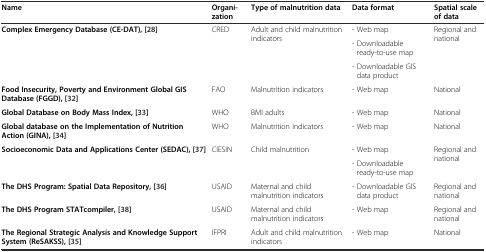
<table><thead><tr><td><b>Name</b></td><td><b>Organi-zation</b></td><td><b>Type of malnutrition data</b></td><td><b>Data format</b></td><td><b>Spatial scale of data</b></td></tr></thead><tbody><tr><td rowspan="3"><b>Complex Emergency Database (CE-DAT),</b>[28]</td><td rowspan="3">CRED</td><td rowspan="3">Adult and child malnutrition indicators</td><td>- Web map</td><td rowspan="3">Regional and national</td></tr><tr><td>- Downloadable ready-to-use map</td></tr><tr><td>- Downloadable GIS data product</td></tr><tr><td><b>Food Insecurity, Poverty and Environment Global GIS Database (FGGD),</b>[32]</td><td>FAO</td><td>Malnutrition indicators</td><td>- Web map</td><td>National</td></tr><tr><td><b>Global Database on Body Mass Index,</b>[33]</td><td>WHO</td><td>BMI adults</td><td>- Web map</td><td>National</td></tr><tr><td><b>Global database on the Implementation of Nutrition Action (GINA),</b>[34]</td><td>WHO</td><td>Malnutrition indicators</td><td>- Web map</td><td>National</td></tr><tr><td rowspan="2"><b>Socioeconomic Data and Applications Center (SEDAC),</b>[37]</td><td rowspan="2">CIESIN</td><td rowspan="2">Child malnutrition</td><td>- Web map</td><td rowspan="2">Regional and national</td></tr><tr><td>- Downloadable ready-to-use map</td></tr><tr><td><b>The DHS Program: Spatial Data Repository,</b>[36]</td><td>USAID</td><td>Maternal and child malnutrition indicators</td><td>- Downloadable GIS data product</td><td>Regional and national</td></tr><tr><td><b>The DHS Program STATcompiler,</b>[38]</td><td>USAID</td><td>Maternal and child malnutrition indicators</td><td>- Web map</td><td>Regional and national</td></tr><tr><td><b>The Regional Strategic Analysis and Knowledge Support System (ReSAKSS),</b>[35]</td><td>IFPRI</td><td>Adult and child malnutrition indicators</td><td>- Web map</td><td>National</td></tr></tbody></table>